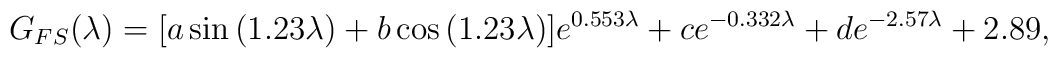
G_{FS}(\lambda)=[a\sin{(1.23\lambda)}+b\cos{(1.23\lambda)}]e^{0.553\lambda}+c e^{-0.332\lambda}+d e^{-2.57\lambda}+2.89,